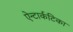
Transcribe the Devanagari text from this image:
ऐन्टार्कटिका